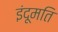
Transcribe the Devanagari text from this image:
इंदूमति